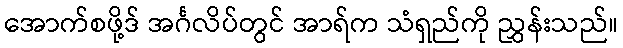
အောက်စဖို့ဒ် အင်္ဂလိပ်တွင် အာရ်က သံရှည်ကို ညွှန်းသည်။